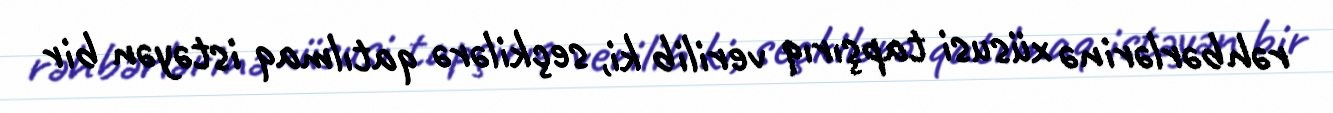
rəhbərlərinə xüsusi tapşırıq verilib ki, seçkilərə qatılmaq istəyən bir